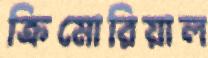
ক্রিমোরিয়াল